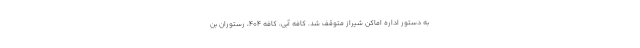
به دستور اداره اماکن شیراز متوقف شد. کافه آبی، کافه ۴۰۴، رستوران بن